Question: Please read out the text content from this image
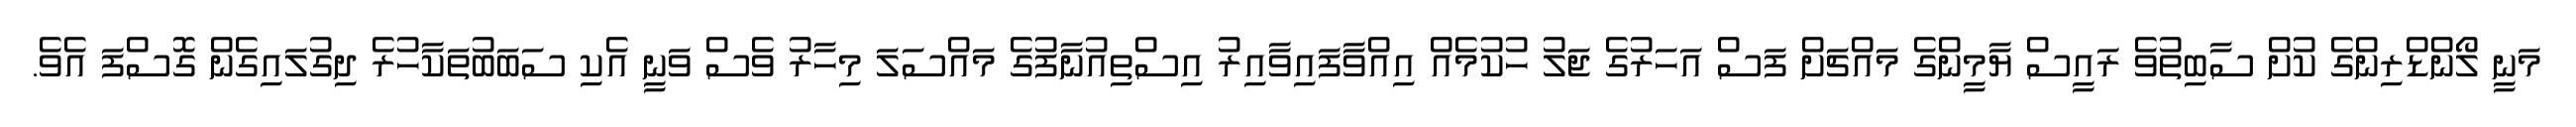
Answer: މަނީ ލޯންޑްރިންގެ ކުށް ސާބިތުވެ ރައީސް ޔާމީންގެ މައްޗަށް ފަސް އަހަރުގެ ޖަލު ހުކުމެއް އިއްވާފައިވާއިރު އިސްތިއުނާފުގެ މައްސަލަ މިހާރު ވެސް ވަނީ އެކި ސަބަބުތަކާހުރެ ދިގުލައިގެން ގޮސްފަ އެވެ.